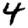
Digit: 4